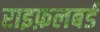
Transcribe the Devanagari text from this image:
राइफ़लबर्ड